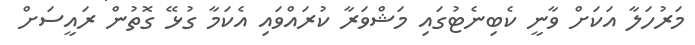
މަރުހަލާ އަކަށް ވާނީ ކެބިނެޓުގައި މަޝްވަރާ ކުރައްވައި އެކަމާ ގުޅޭ ގޮތުން ރައީސަށް